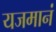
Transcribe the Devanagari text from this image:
यजमानं